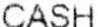
CASH